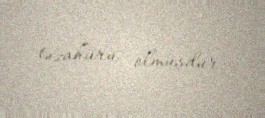
təzahürü olmuşdur.